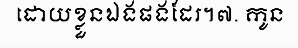
ដោយខ្លួនឯងផងដែរ។៧. កូន